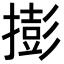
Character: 𢵓